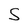
Character: S